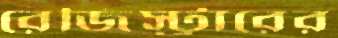
রেজিস্ট্রারের